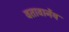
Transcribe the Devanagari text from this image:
वतावार्नेय